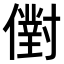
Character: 𠏮